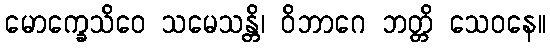
မောက္ခေသိဝေ သမေသန္တိ၊ ဝိဘာဂေ ဘတ္တိ သေဝနေ။